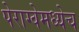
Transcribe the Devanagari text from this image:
पेराग्वेमध्येच